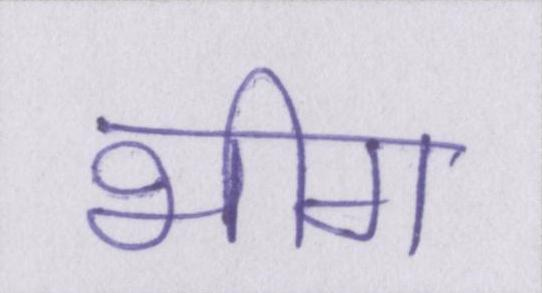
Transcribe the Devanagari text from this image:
भीग